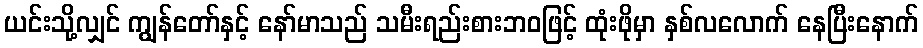
ယင်းသို့လျှင် ကျွန်တော်နှင့် နော်မာသည် သမီးရည်းစားဘဝဖြင့် ထုံးဖိုမှာ နှစ်လလောက် နေပြီးနောက်